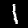
Digit: 1